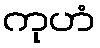
ကုဟံ